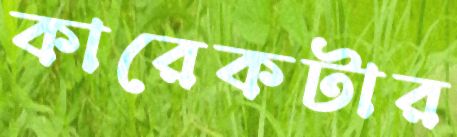
কারেকটার